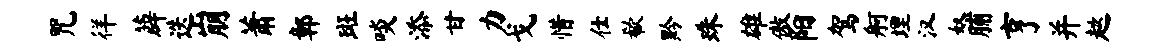
咒徉薜迭崩萧鄣斑啖添甘力戈惜仕欷黔珠雄傲阳驾舸埋汉奴脯亨并趑